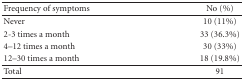
<table><thead><tr><td><b>Frequency of symptoms</b></td><td><b>No (%)</b></td></tr></thead><tbody><tr><td>Never</td><td>10 (11%)</td></tr><tr><td>2-3 times a month</td><td>33 (36.3%)</td></tr><tr><td>4–12 times a month</td><td>30 (33%)</td></tr><tr><td>12–30 times a month</td><td>18 (19.8%)</td></tr><tr><td>Total</td><td>91</td></tr></tbody></table>